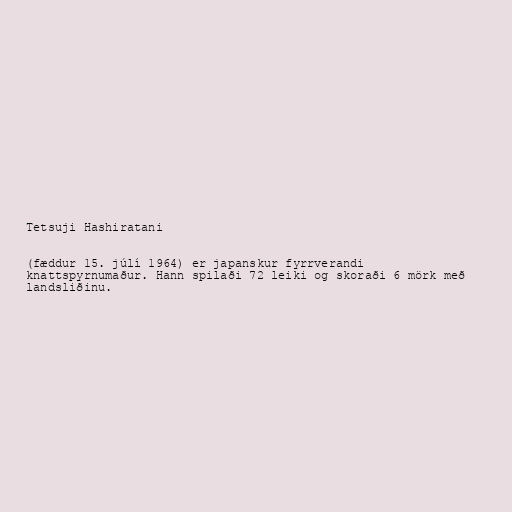
Tetsuji Hashiratani

(fæddur 15. júlí 1964) er japanskur fyrrverandi
knattspyrnumaður. Hann spilaði 72 leiki og skoraði 6 mörk með
landsliðinu.